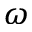
\omega